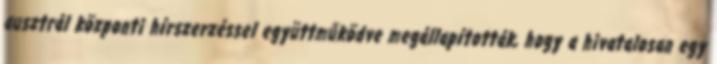
ausztrál központi hírszerzéssel együttműködve megállapították, hogy a hivatalosan egy